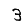
Digit: 3